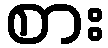
စား